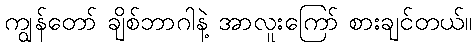
ကျွန်တော် ချိစ်ဘာဂါနဲ့ အာလူးကြော် စားချင်တယ်။